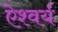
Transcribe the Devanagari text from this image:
ऐश्वर्य